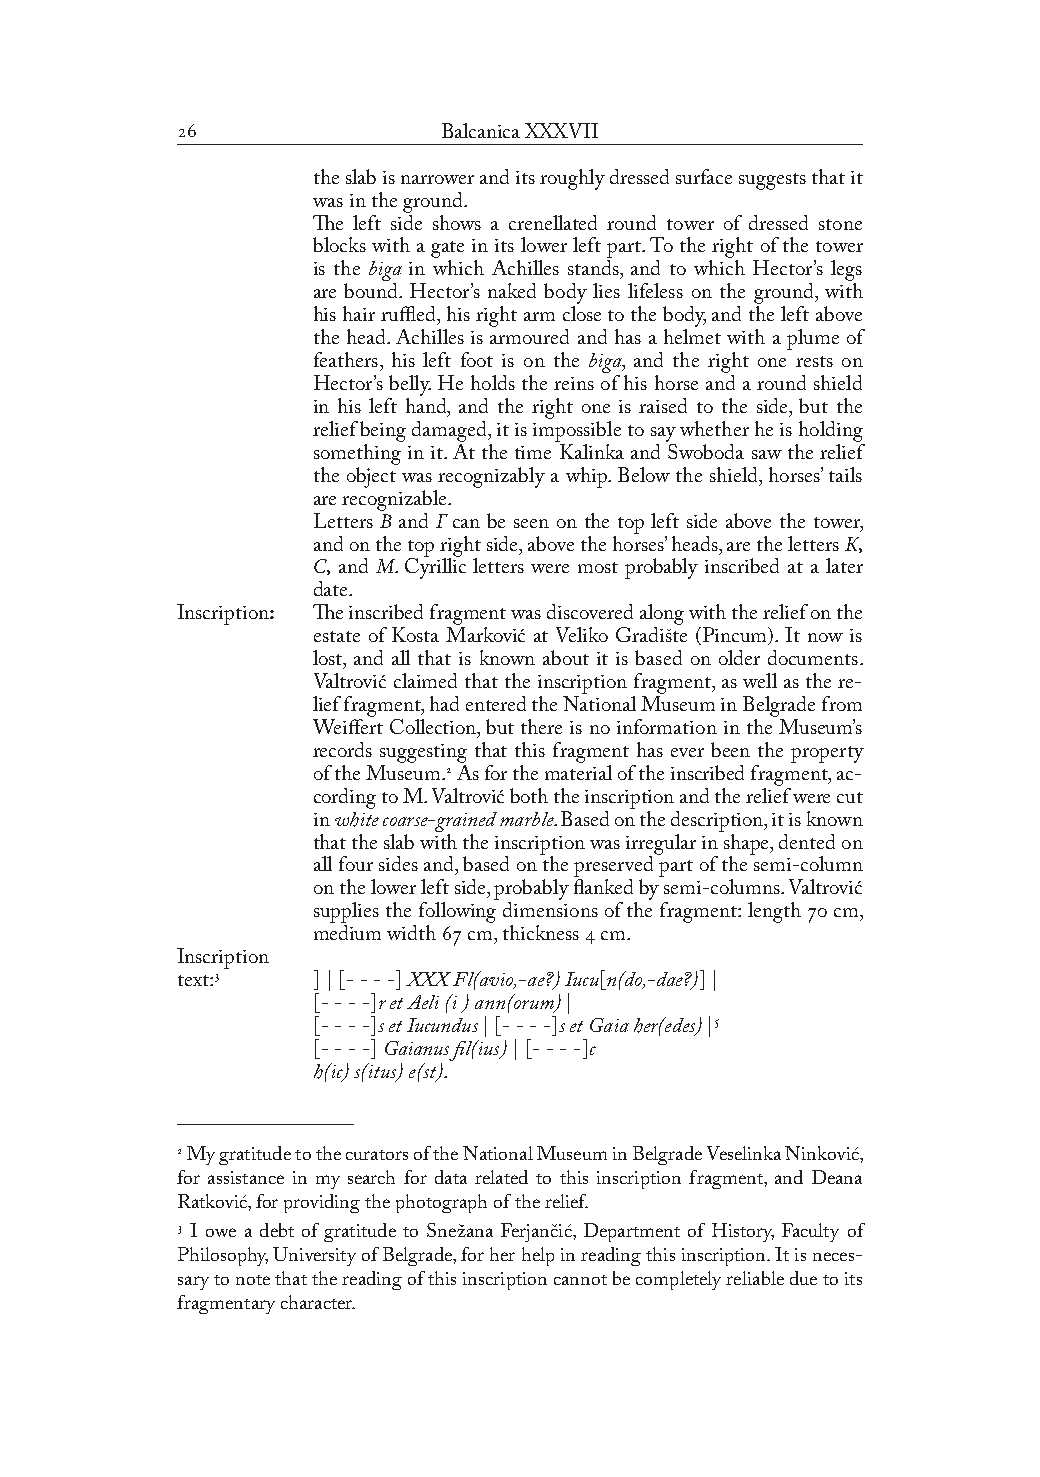
               Balcanica XXXVII
 the slab is narrower and its roughly dressed surface suggests that it
 was in the ground.
 The left side shows a crenellated round tower of dressed stone
 blocks with a gate in its lower left part. To the right of the tower
 is the biga in which Achilles stands, and to which Hector’s legs
 are bound. Hector’s naked body lies lifeless on the ground, with
 his hair ruffled, his right arm close to the body, and the left above
 the head. Achilles is armoured and has a helmet with a plume of
 feathers, his left foot is on the biga, and the right one rests on
 Hector’s belly. He holds the reins of his horse and a round shield
 in his left hand, and the right one is raised to the side, but the
 relief being damaged, it is impossible to say whether he is holding
 something in it. At the time Kalinka and Swoboda saw the relief
 the object was recognizably a whip. Below the shield, horses’ tails
 are recognizable.
 В   Г
 Letters and can be seen on the top left side above the tower,
 К,
 and on the top right side, above the horses’ heads, are the letters
 С,  М
 and . Cyrillic letters were most probably inscribed at a later
 date.
 Inscription: The inscribed fragment was discovered along with the relief on the
 estate of Kosta Marković at Veliko Gradište (Pincum). It now is
 lost, and all that is known about it is based on older documents.
 Valtrović claimed that the inscription fragment, as well as the re-
 lief fragment, had entered the National Museum in Belgrade from
 Weiffert Collection, but there is no information in the Museum’s
 records suggesting that this fragment has ever been the property
 of the Museum. As for the material of the inscribed fragment, ac-
 cording to M. Valtrović both the inscription and the relief were cut
 in white coarse-grained marble. Based on the description, it is known
 that the slab with the inscription was irregular in shape, dented on
 all four sides and, based on the preserved part of the semi-column
 on the lower left side, probably flanked by semi-columns. Valtrović
 supplies the following dimensions of the fragment: length  cm,
 medium width  cm, thickness  cm.
 Inscription
 text:   ] | [- - - -] XXX Fl(avio,-ae?) Iucu[n(do,-dae?)] |
 [- - - -]r et Aeli (i ) ann(orum) |
 [- - - -]s et Iucundus | [- - - -]s et Gaia her(edes) |
 [- - - -] Gaianus fil(ius) | [- - - -]c
 h(ic) s(itus) e(st).
  My gratitude to the curators of the National Museum in Belgrade Veselinka Ninković,
 for assistance in my search for data related to this inscription fragment, and Deana
 Ratković, for providing the photograph of the relief.
  I owe a debt of gratitude to Snežana Ferjančić, Department of History, Faculty of
 Philosophy, University of Belgrade, for her help in reading this inscription. It is neces-
 sary to note that the reading of this inscription cannot be completely reliable due to its
 fragmentary character.